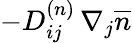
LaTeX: -D_{ij}^{(n)}\, \nabla_{j}\overline{{n}}